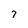
Character: 7